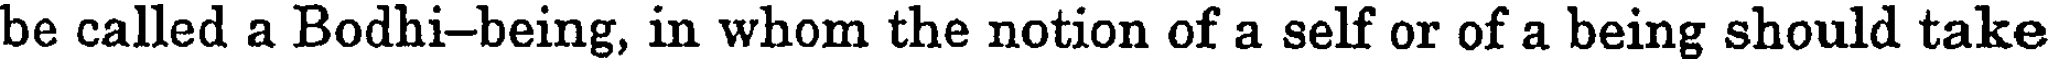
be called a Bodhi-being, in whom the notion of a self or of a being should take